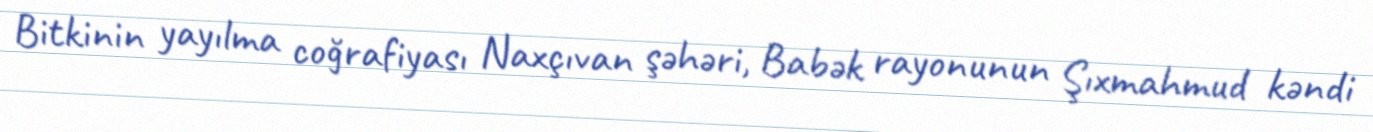
Bitkinin yayılma coğrafiyası Naxçıvan şəhəri, Babək rayonunun Şıxmahmud kəndi